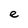
Character: e